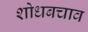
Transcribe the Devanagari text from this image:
शोधबचाव